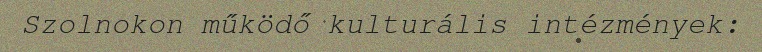
Szolnokon működő kulturális intézmények: